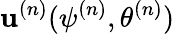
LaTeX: {\mathbf u}^{(n)}(\psi^{(n)},\theta^{(n)})